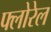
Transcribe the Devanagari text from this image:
फ्लोरेल